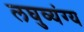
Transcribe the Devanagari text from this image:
लघुव्यंग्य